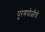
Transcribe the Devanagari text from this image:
पुरणपोळीचे